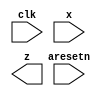
// Implement a Mealy-type finite state machine that recognizes the sequence "101" on an input signal named x. Your FSM should have an output signal, z, that is asserted to logic-1 when the "101" sequence is detected. Your FSM should also have an active-low asynchronous reset. You may only have 3 states in your state machine. Your FSM should recognize overlapping sequences.

module top_module (
    input clk,
    input aresetn,    // Asynchronous active-low reset
    input x,
    output z ); 

    // Insert your code here

endmodule